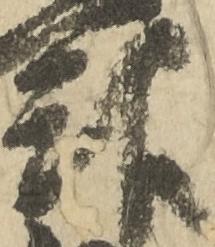
親